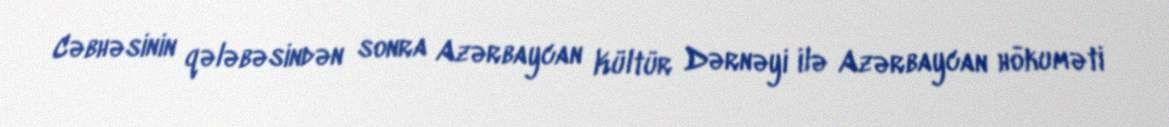
Cəbhəsinin qələbəsindən sonra Azərbaycan Kültür Dərnəyi ilə Azərbaycan hökuməti